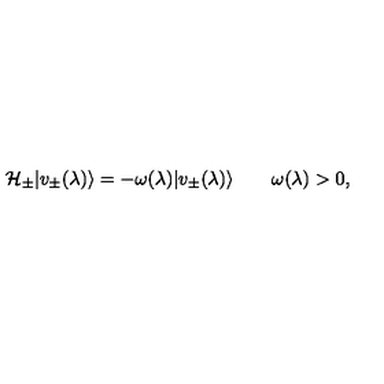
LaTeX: { \cal H } _ { \pm } | v _ { \pm } ( \lambda ) \rangle = - \omega ( \lambda ) | v _ { \pm } ( \lambda ) \rangle \qquad \omega ( \lambda ) > 0 ,